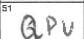
Transcription: QPU